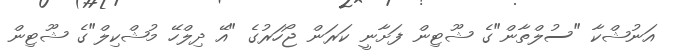
އަނުޝްކާ "ސުލްތާން"ގެ ޝޫޓިން ފަށާނީ ކަރަން ޖޯހަރުގެ "އޭ ދިލްހޭ މުޝްކިލް"ގެ ޝޫޓިން